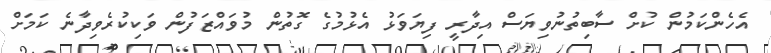
އެހެންކަމުން ކުށް ސާބިތުނުވިޔަސް އިދާރީ ފިޔަވަޅު އެޅުމުގެ ގޮތުން މުވައްޒަފުން ވަކިކުރެވިދާނެ ކަމަށް